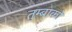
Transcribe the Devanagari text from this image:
तुम्बाको